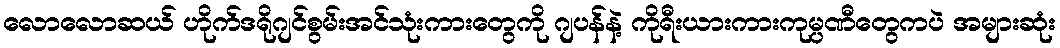
လောလောဆယ် ဟိုက်ဒရိုဂျင်စွမ်းအင်သုံးကားတွေကို ဂျပန်နဲ့ ကိုရီးယားကားကုမ္ပဏီတွေကပဲ အများဆုံး